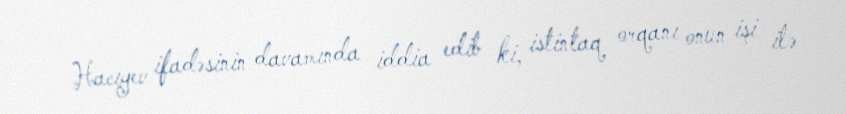
Hacıyev ifadəsinin davamında iddia edib ki, istintaq orqanı onun işi ilə